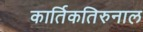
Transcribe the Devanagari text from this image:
कार्तिकतिरुनाल